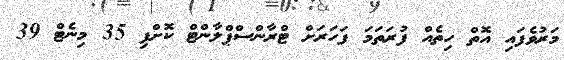
މަރުވެފައި އޮތް ހިތެއް ފުރަތަމަ ފަހަރަށް ޓްރާންސްޕްލާންޓް ކޮށްފި 35 މިނެޓް 39